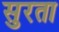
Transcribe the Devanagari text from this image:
सुरता